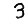
Digit: 3